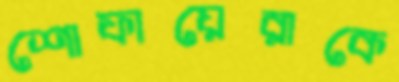
শোফায়েরাকে